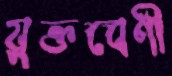
যুক্তবেণী